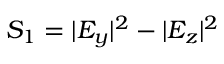
S _ { 1 } = | E _ { y } | ^ { 2 } - | E _ { z } | ^ { 2 }